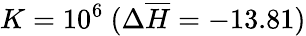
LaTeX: K=10^{6}~(\Delta\overline{{H}}=-13.81)